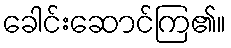
ခေါင်းဆောင်ကြ၏။